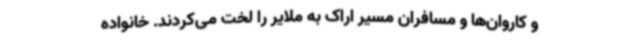
و کاروان‌ها و مسافران مسیر اراک به ملایر را لخت می‌کردند. خانواده